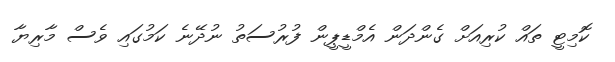
ކޮމިޓީ ތައް ކުރިއަށް ގެންދަން އެމްޑީޕީން ފުރުސަތު ނުދޭނެ ކަމުގައި ވެސް މާރިޔާ